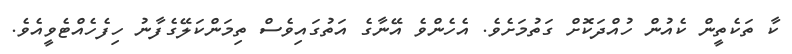
ކާ ތަކެތީން ކެއުން ހުއްދަކޮށް ގަތުމަށެވެ. އެހެންވެ އޭނާގެ އަތުގައިވެސް ތިމަންކަލޭގެފާނު ހިފެހެއްޓެވީއެވެ.